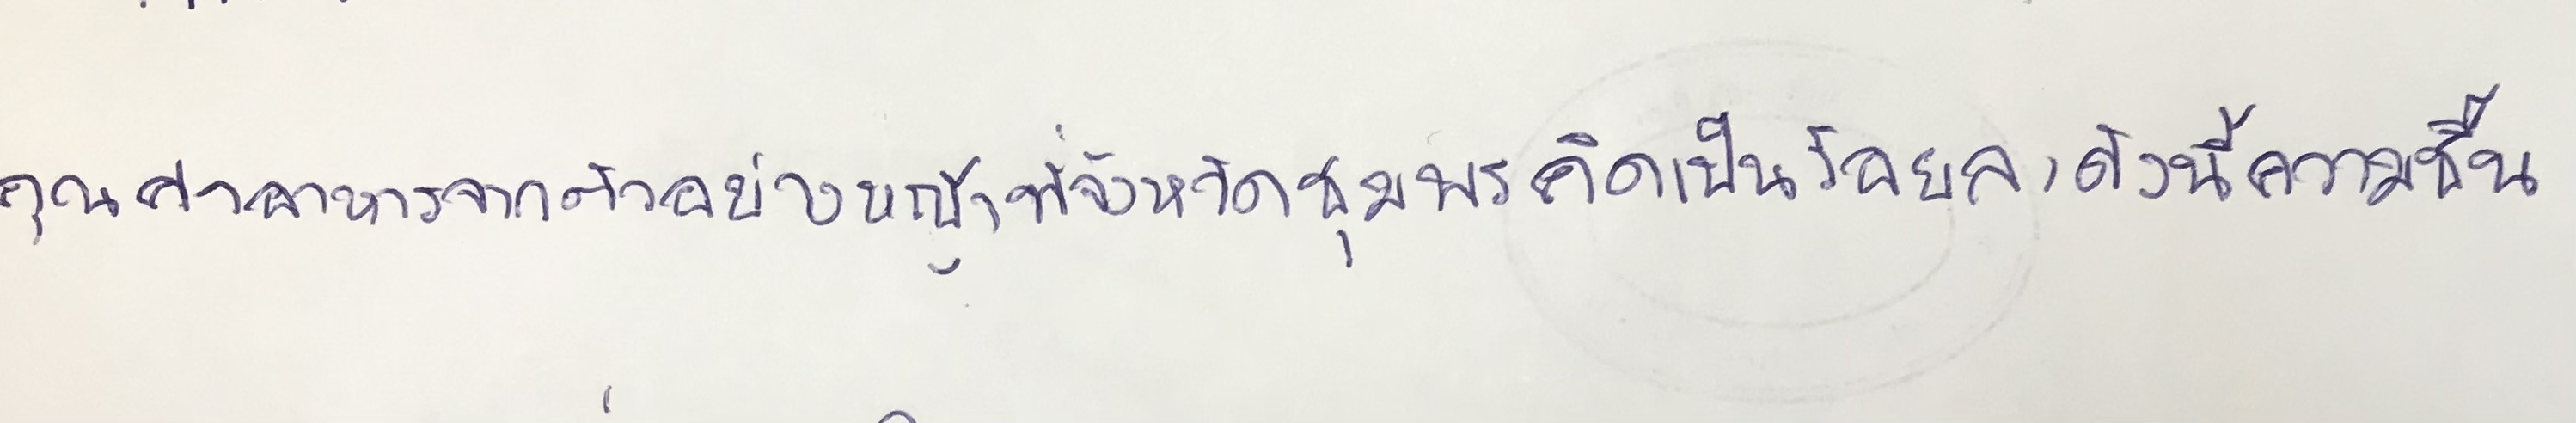
คุณค่าอาหารจากตัวอย่างหญ้าที่จังหวัดชุมพรคิดเป็นร้อยละดังนี้ความชื้น